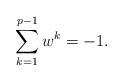
LaTeX: \begin{align*} \sum_{k=1}^{p-1}w^k=-1.\end{align*}